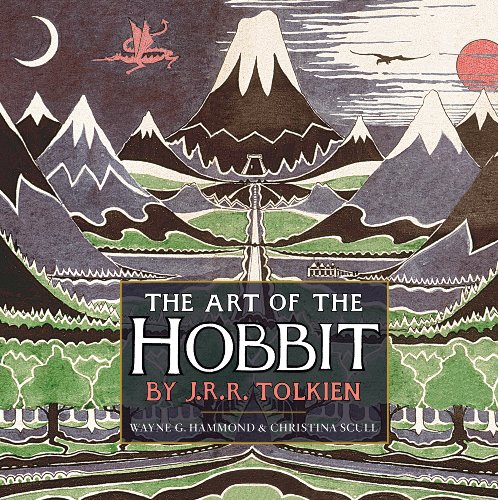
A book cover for The Art of The Hobbit by J.R.R. Tolkien; J.R.R. Tolkien; Science Fiction & Fantasy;